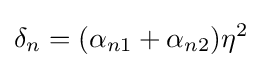
\delta _{n}=(\alpha _{n1}+\alpha _{n2})\eta ^{2}